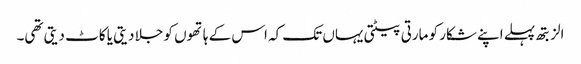
الزبتھ پہلے اپنے شکار کو مارتی پیٹتی یہاں تک کہ اس کے ہاتھوں کو جلا دیتی یا کاٹ دیتی تھی۔